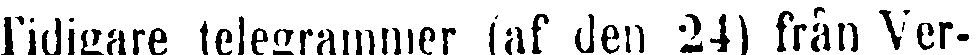
Tidigare telegrammer (af den 24) från Ver-